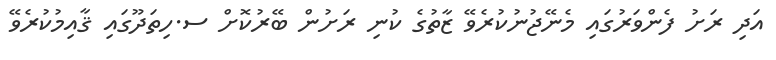
އަދި ރަށު ފެންވަރުގައި މެނޭޖުނުކުރެވޭ ޒާތުގެ ކުނި ރަށުން ބޭރުކޮށް ސ.ހިތަދޫގައި ޤާއިމުކުރެވޭ